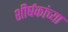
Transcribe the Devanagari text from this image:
शीर्षकांच्या